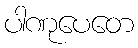
ပါဏုပေတေ